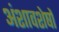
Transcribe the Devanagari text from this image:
अंशावशेषों